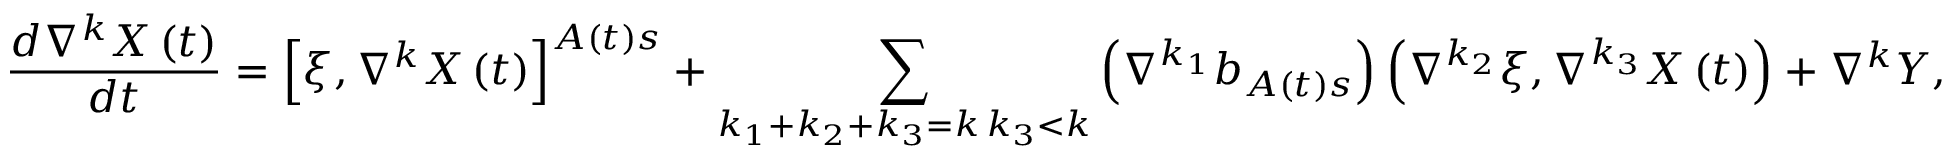
\frac { d \nabla ^ { k } X \left( t \right) } { d t } = \left[ \xi , \nabla ^ { k } X \left( t \right) \right] ^ { A \left( t \right) s } + \sum _ { \substack { k _ { 1 } + k _ { 2 } + k _ { 3 } = k \, k _ { 3 } < k } } \left( \nabla ^ { k _ { 1 } } b _ { A \left( t \right) s } \right) \left( \nabla ^ { k _ { 2 } } \xi , \nabla ^ { k _ { 3 } } X \left( t \right) \right) + \nabla ^ { k } Y ,